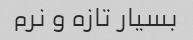
بسیار تازه و نرم